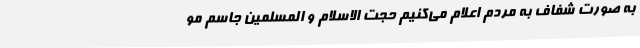
به صورت شفاف به مردم اعلام می‌کنیم حجت الاسلام و المسلمین جاسم مو